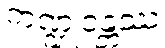
ကဏ္ဍုဝန္တဿ